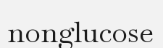
nonglucose